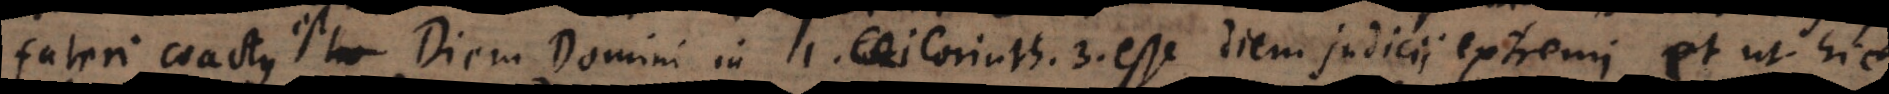
fateri coactus Diem Domini in 1. Corinth. 3. esse diem judicii extremi, et ut hic